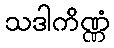
သဒါကိဏ္ဏံ